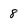
Character: 8